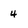
Character: 4